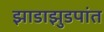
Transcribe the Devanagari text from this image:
झाडाझुडपांत